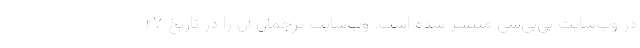
در وب‌سایت بی‌بی‌سی منتشر شده است. وب‌سایت ترجمان آن را در تاریخ ۲۷